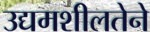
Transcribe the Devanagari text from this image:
उद्यमशीलतेने